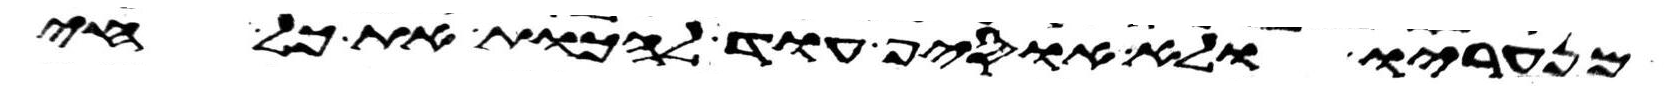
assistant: מנעריו ולא אוסיף עוד להכות את כל חי